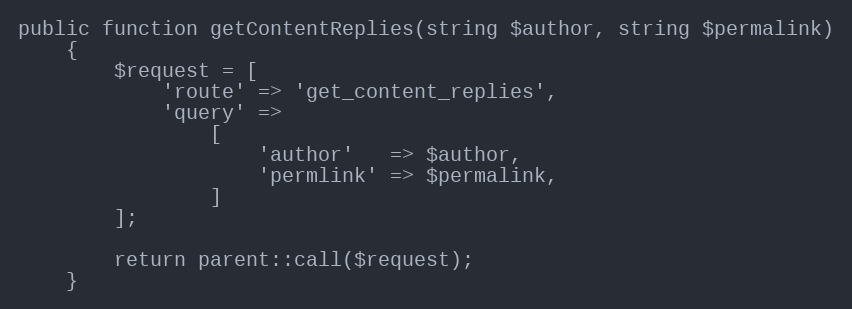
Language: PHP
public function getContentReplies(string $author, string $permalink)
    {
        $request = [
            'route' => 'get_content_replies',
            'query' =>
                [
                    'author'   => $author,
                    'permlink' => $permalink,
                ]
        ];

        return parent::call($request);
    }